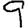
Digit: 9